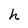
Character: h